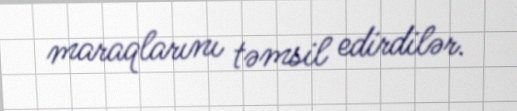
maraqlarını təmsil edirdilər.